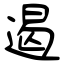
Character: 遏